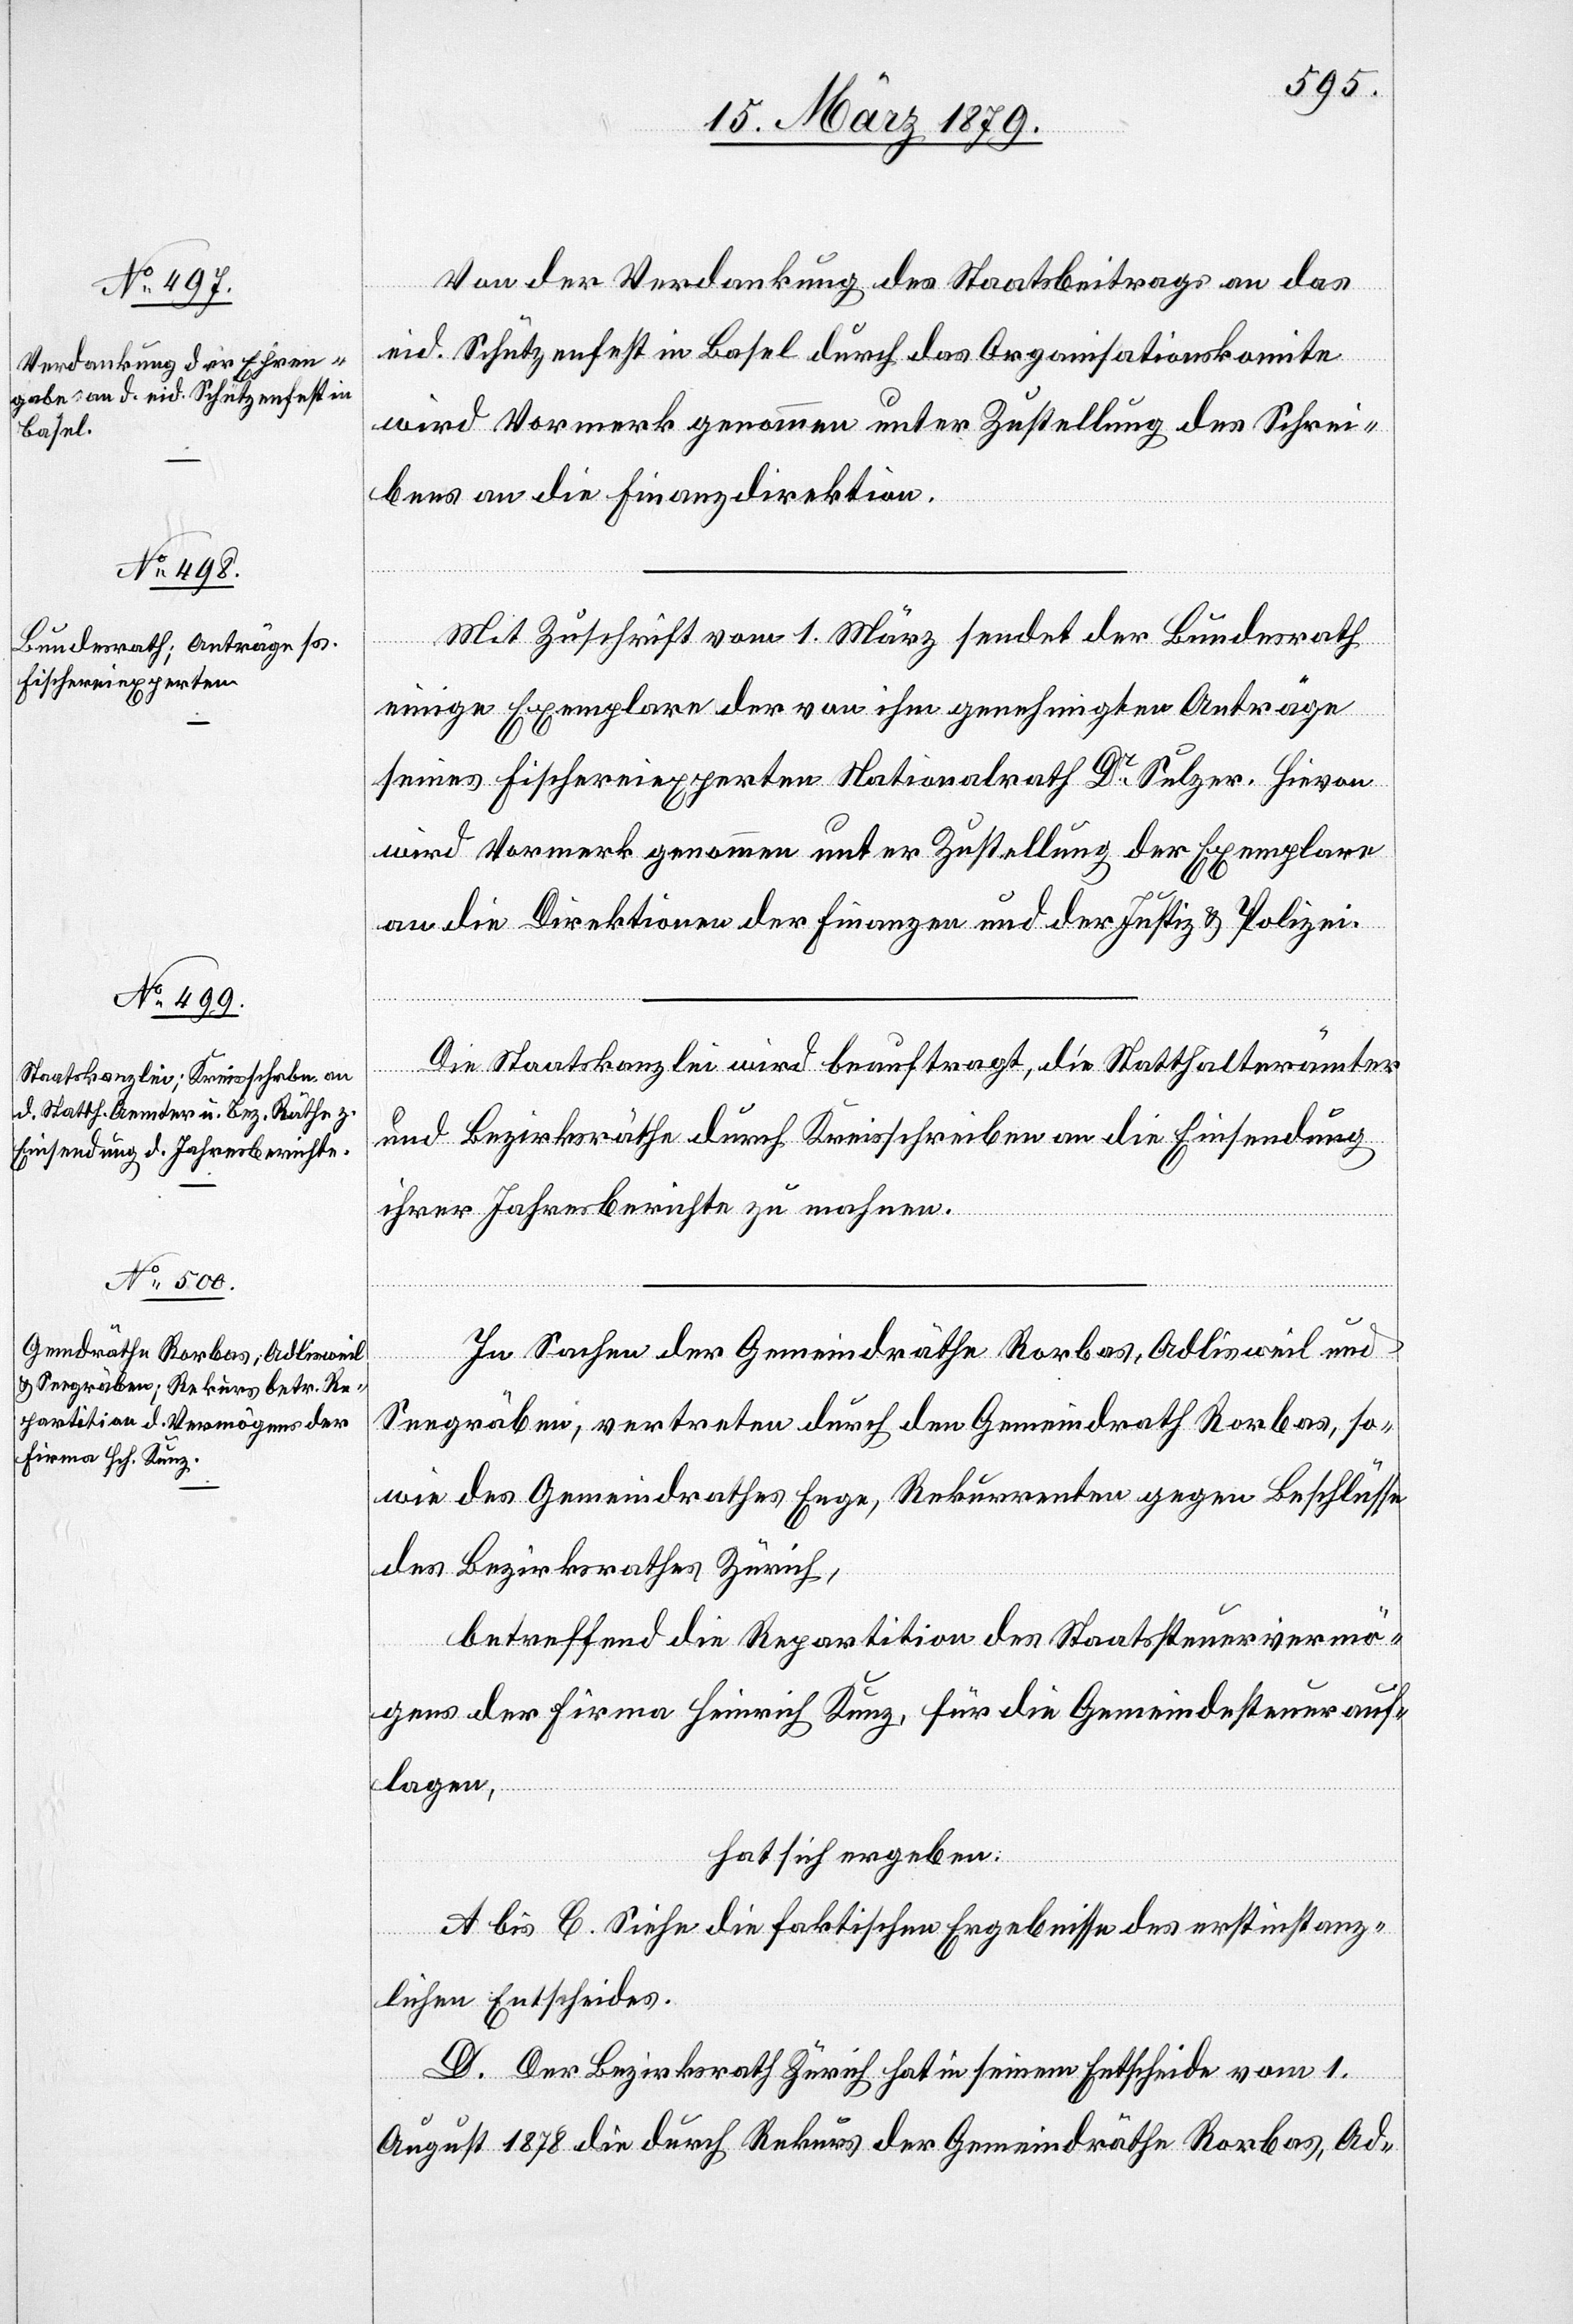
Von der Verdankung des Staatsbeitrages an das
eid. Schützenfest in Basel durch das Organisationskomite
wird Vormerk genommen unter Zustellung des Schrei¬
bens an die Finanzdirektion.
Mit Zuschrift vom 1. März sendet der Bundesrath
einige Exemplare der von ihm genehmigten Anträge
seines Fischereiexperten Nationalrath Dr Sulzer. Hievon
wird Vormerk genommen unter Zustellung der Exemplare
an die Direktionen der Finanzen und der Justiz & Polizei.
Die Staatskanzlei wird beauftragt, die Statthalterämter
und Bezirksräthe durch Kreisschreiben an die Einsendung
ihrer Jahresberichte zu mahnen.
In Sachen der Gemeindräthe Rorbas, Adlisweil und
Seegräben, vertreten durch den Gemeindrath Rorbas, so¬
wie des Gemeindrathes Enge, Rekurrenten gegen Beschlüsse
des Bezirksrathes Zürich,
betreffend die Repartition des Staatssteuervermö¬
gens der Firma Heinrich Kunz, für die Gemeindesteuerauf¬
lagen,
hat sich ergeben:
A. bis C. Siehe die faktischen Ergebnisse des erstinstanz¬
lichen Entscheides.
D. Der Bezirksrath Zürich hat in seinem Entscheide vom 1.
August 1878 die durch Rekurs der Gemeindräthe Rorbas, Ad-